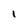
Character: 1